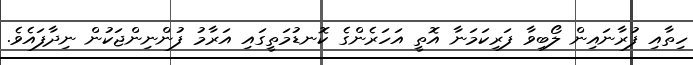
ހިތާއި ފުރާނައިން ލޯބިވާ ފަރިކަމަނާ އޮތީ އަހަރެންގެ ކޮނޑުމަތީގައި އަރާމު ފުންނިންޖަކުން ނިދާފައެވެ.